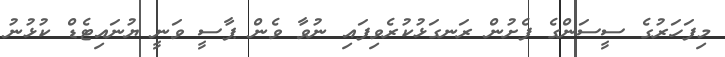
މިފަހަރުގެ ސީސަންގެ ފެށުން ރަނގަޅުކުރެވިފައި ނުވާ ވެން ޕާސީ ވަނީ ޔުނައިޓެޑް ކުޅުނު